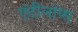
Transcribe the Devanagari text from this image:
एंटीलोप्स